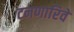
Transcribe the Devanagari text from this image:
टनणारिवे